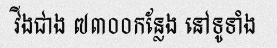
វីងជាង ៧៣០០កន្លែង នៅទូទាំង